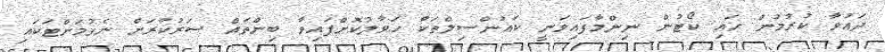
ދައުވާ ކުރުމުން ހައި ކޯޓުން ނިންމާފައިވަނީ ކައުންސިލްތަކާ ހަވާލުކޮށްފައިވާ ބިންތައް ސަރުކާރަށް ނެގުމަށްޓަކައި